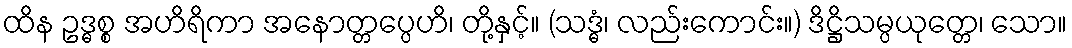
ထိန ဥဒ္ဓစ္စ အဟိရိကာ အနောတ္တပ္ပေဟိ၊ တို့နှင့်။ (သဒ္ဓံ၊ လည်းကောင်း။) ဒိဋ္ဌိသမ္ပယုတ္တေ၊ သော။